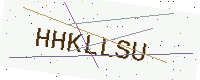
Text: HHKLLSU